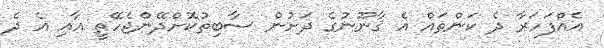
އެއްފަހަރާ ދެ ކަންތައް އެ ޤާނޫނުގެ ދަށުން ސާބިތުކޮށްދޭންޖެހޭތީ އާއި އެ ދެ